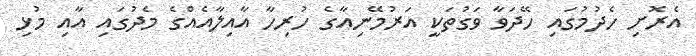
އެރޮށި ހެދުމުގައި ހޭދަވާ ވަގުތަކީ އަރުމޭނިއާގެ ހުރިހާ އާއިލާއެއްގެ މެދުގައި އާއި މުޅި